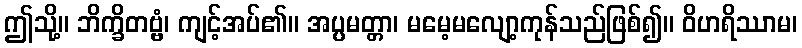
ဤသို့။ ဘိက္ခိတဗ္ဗံ၊ ကျင့်အပ်၏။ အပ္ပမတ္တာ၊ မမေ့မလျော့ကုန်သည်ဖြစ်၍။ ဝိဟရိဿာမ၊